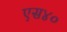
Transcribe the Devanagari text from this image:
एस४०